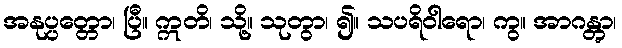
အနုပ္ပတ္တော၊ ပြီ။ ဣတိ၊ သို့။ သုတွာ၊ ၍။ သပရိဝါရော၊ ကွ။ အာဂန္တွာ၊